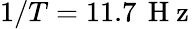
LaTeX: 1/T=11.7\, \mathrm{~H~z~}